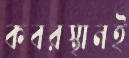
কবরস্থানই